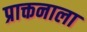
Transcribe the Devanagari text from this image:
प्राक्तनाला